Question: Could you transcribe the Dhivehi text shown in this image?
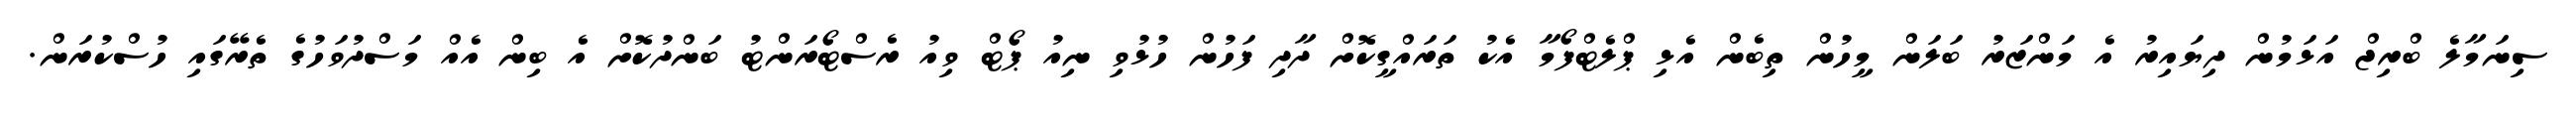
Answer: ސިނަމާލެ ބްރިޖް އަޅަމުން ދިޔައިރު އެ މަންޒަރު ބަލަން މީހުން ތިބެން އެޅި ޕްލެޓްފޯމާ އެކު ތަރައްގީކޮށް ދާދި ފަހުން ހުޅުވި ނިއު ޕޯޓް ވިއު ރެސްޓޯރަންޓު ބަންދުކޮށް އެ ބިން އެއް މަސްދުވަހުގެ ތެރޭގައި ހުސްކުރަން.